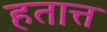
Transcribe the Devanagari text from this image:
हतात्त